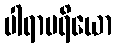
ပါရာပရိယော